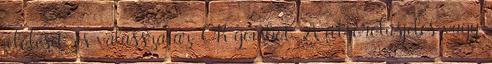
jelölését, és válassza az OK gombot. A felsorolásjeles vagy